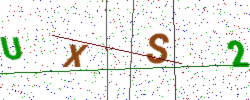
Text: UXS2